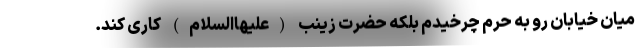
میان خیابان رو به حرم چرخیدم بلکه حضرت زینب (علیهاالسلام) کاری کند.